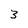
Character: 3